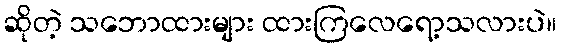
ဆိုတဲ့ သဘောထားများ ထားကြလေရော့သလားပဲ။